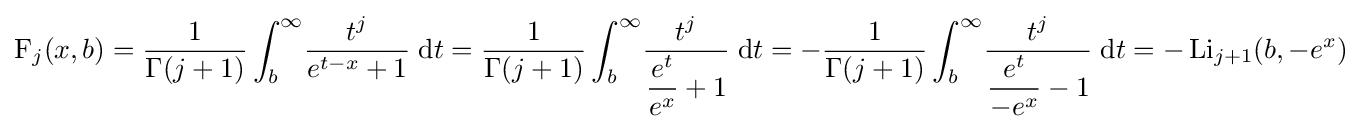
\operatorname {F} _{j}(x,b)={\frac {1}{\Gamma (j+1)}}\int _{b}^{\infty }\!{\frac {t^{j}}{e^{t-x}+1}}\;\mathrm {d} t={\frac {1}{\Gamma (j+1)}}\int _{b}^{\infty }\!{\frac {t^{j}}{\displaystyle {\frac {e^{t}}{e^{x}}}+1}}\;\mathrm {d} t=-{\frac {1}{\Gamma (j+1)}}\int _{b}^{\infty }\!{\frac {t^{j}}{\displaystyle {\frac {e^{t}}{-e^{x}}}-1}}\;\mathrm {d} t=-\operatorname {Li} _{j+1}(b,-e^{x})